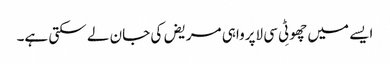
ایسے میں چھوٹِی سی لاپرواہی مریض کی جان لے سکتی ہے۔